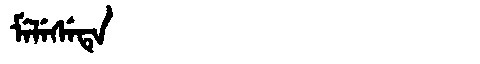
Manchu: ᠮᡝᠯᡝᠰᡝᡨᡝ
Romanization: MELESETE